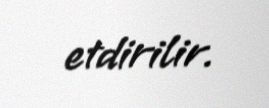
etdirilir.